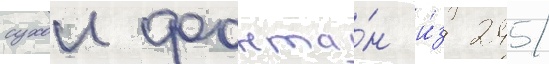
сухои фонта́н и́з 245